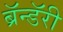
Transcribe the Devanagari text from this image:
ब्रॅन्डॅरी